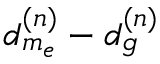
d _ { m _ { e } } ^ { ( n ) } - d _ { g } ^ { ( n ) }